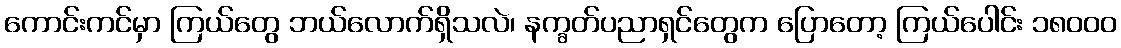
ကောင်းကင်မှာ ကြယ်တွေ ဘယ်လောက်ရှိသလဲ၊ နက္ခတ်ပညာရှင်တွေက ပြောတော့ ကြယ်ပေါင်း ၁၈၀၀၀